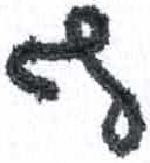
אות: ף